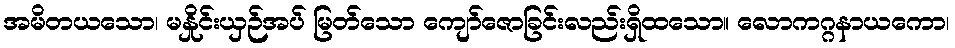
အမိတယသော၊ မနှိုင်းယှဉ်အပ် မြတ်သော ကျော်ဇောခြင်းလည်းရှိထသော။ လောကဂ္ဂနာယကော၊